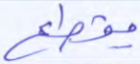
بقطع